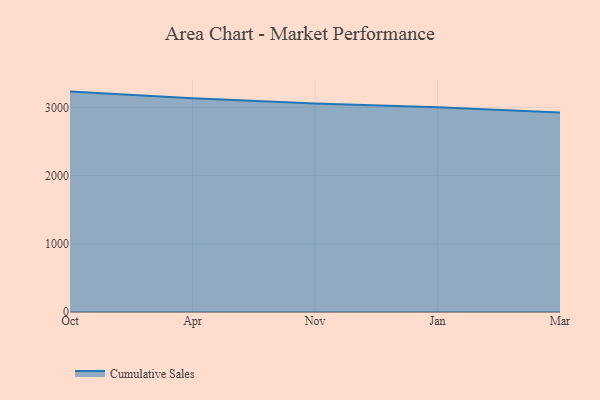
{"axis": {"x": "Month", "y": "Revenue (USD Million)"}, "legend": ["Cumulative Sales"], "data": [{"x": "Oct", "y": 3232.9, "type": "Cumulative Sales"}, {"x": "Apr", "y": 3136.0, "type": "Cumulative Sales"}, {"x": "Nov", "y": 3060.0, "type": "Cumulative Sales"}, {"x": "Jan", "y": 3003.5, "type": "Cumulative Sales"}, {"x": "Mar", "y": 2926.4, "type": "Cumulative Sales"}]}